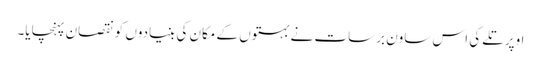
اوپر تلے کی اس ساون برسات نے بہتوں کے مکان کی بنیادوں کو نقصان پہنچایا۔